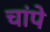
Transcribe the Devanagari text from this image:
चांपे